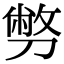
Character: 𠟈